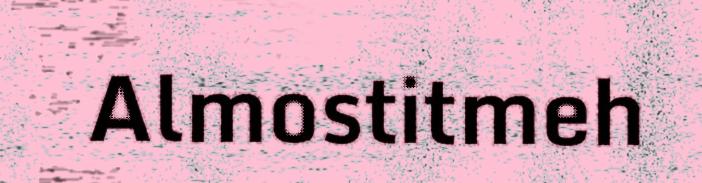
Almostitmeh